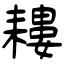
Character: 耬